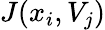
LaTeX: J(x_{i},V_{j})